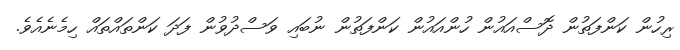
ރިހުން ކަންފަތުން ދޮސްއައުން ހުންއައުން ކަންފަތުން ނުބައި ވަސްދުވުން ފަދަ ކަންތައްތައް ހިމެނެއެވެ.